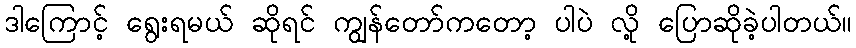
ဒါကြောင့် ရွေးရမယ် ဆိုရင် ကျွန်တော်ကတော့ ပါပဲ လို့ ပြောဆိုခဲ့ပါတယ်။